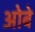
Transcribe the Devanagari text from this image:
ओबे